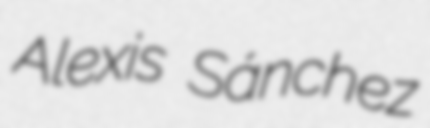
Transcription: Alexis Sánchez